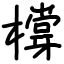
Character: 橕